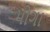
મોગા